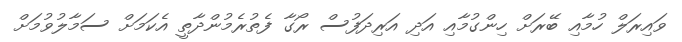
ވައިރަލް ހުމާއި ބޭރަށް ހިންގުމާއި އަދި އަރިދަފުސް ރޯގާ ފެތުރެމުންދާތީ އެކަމަށް ސަމާލުވުމަށް